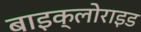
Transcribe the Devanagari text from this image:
बाइक्लोराइड